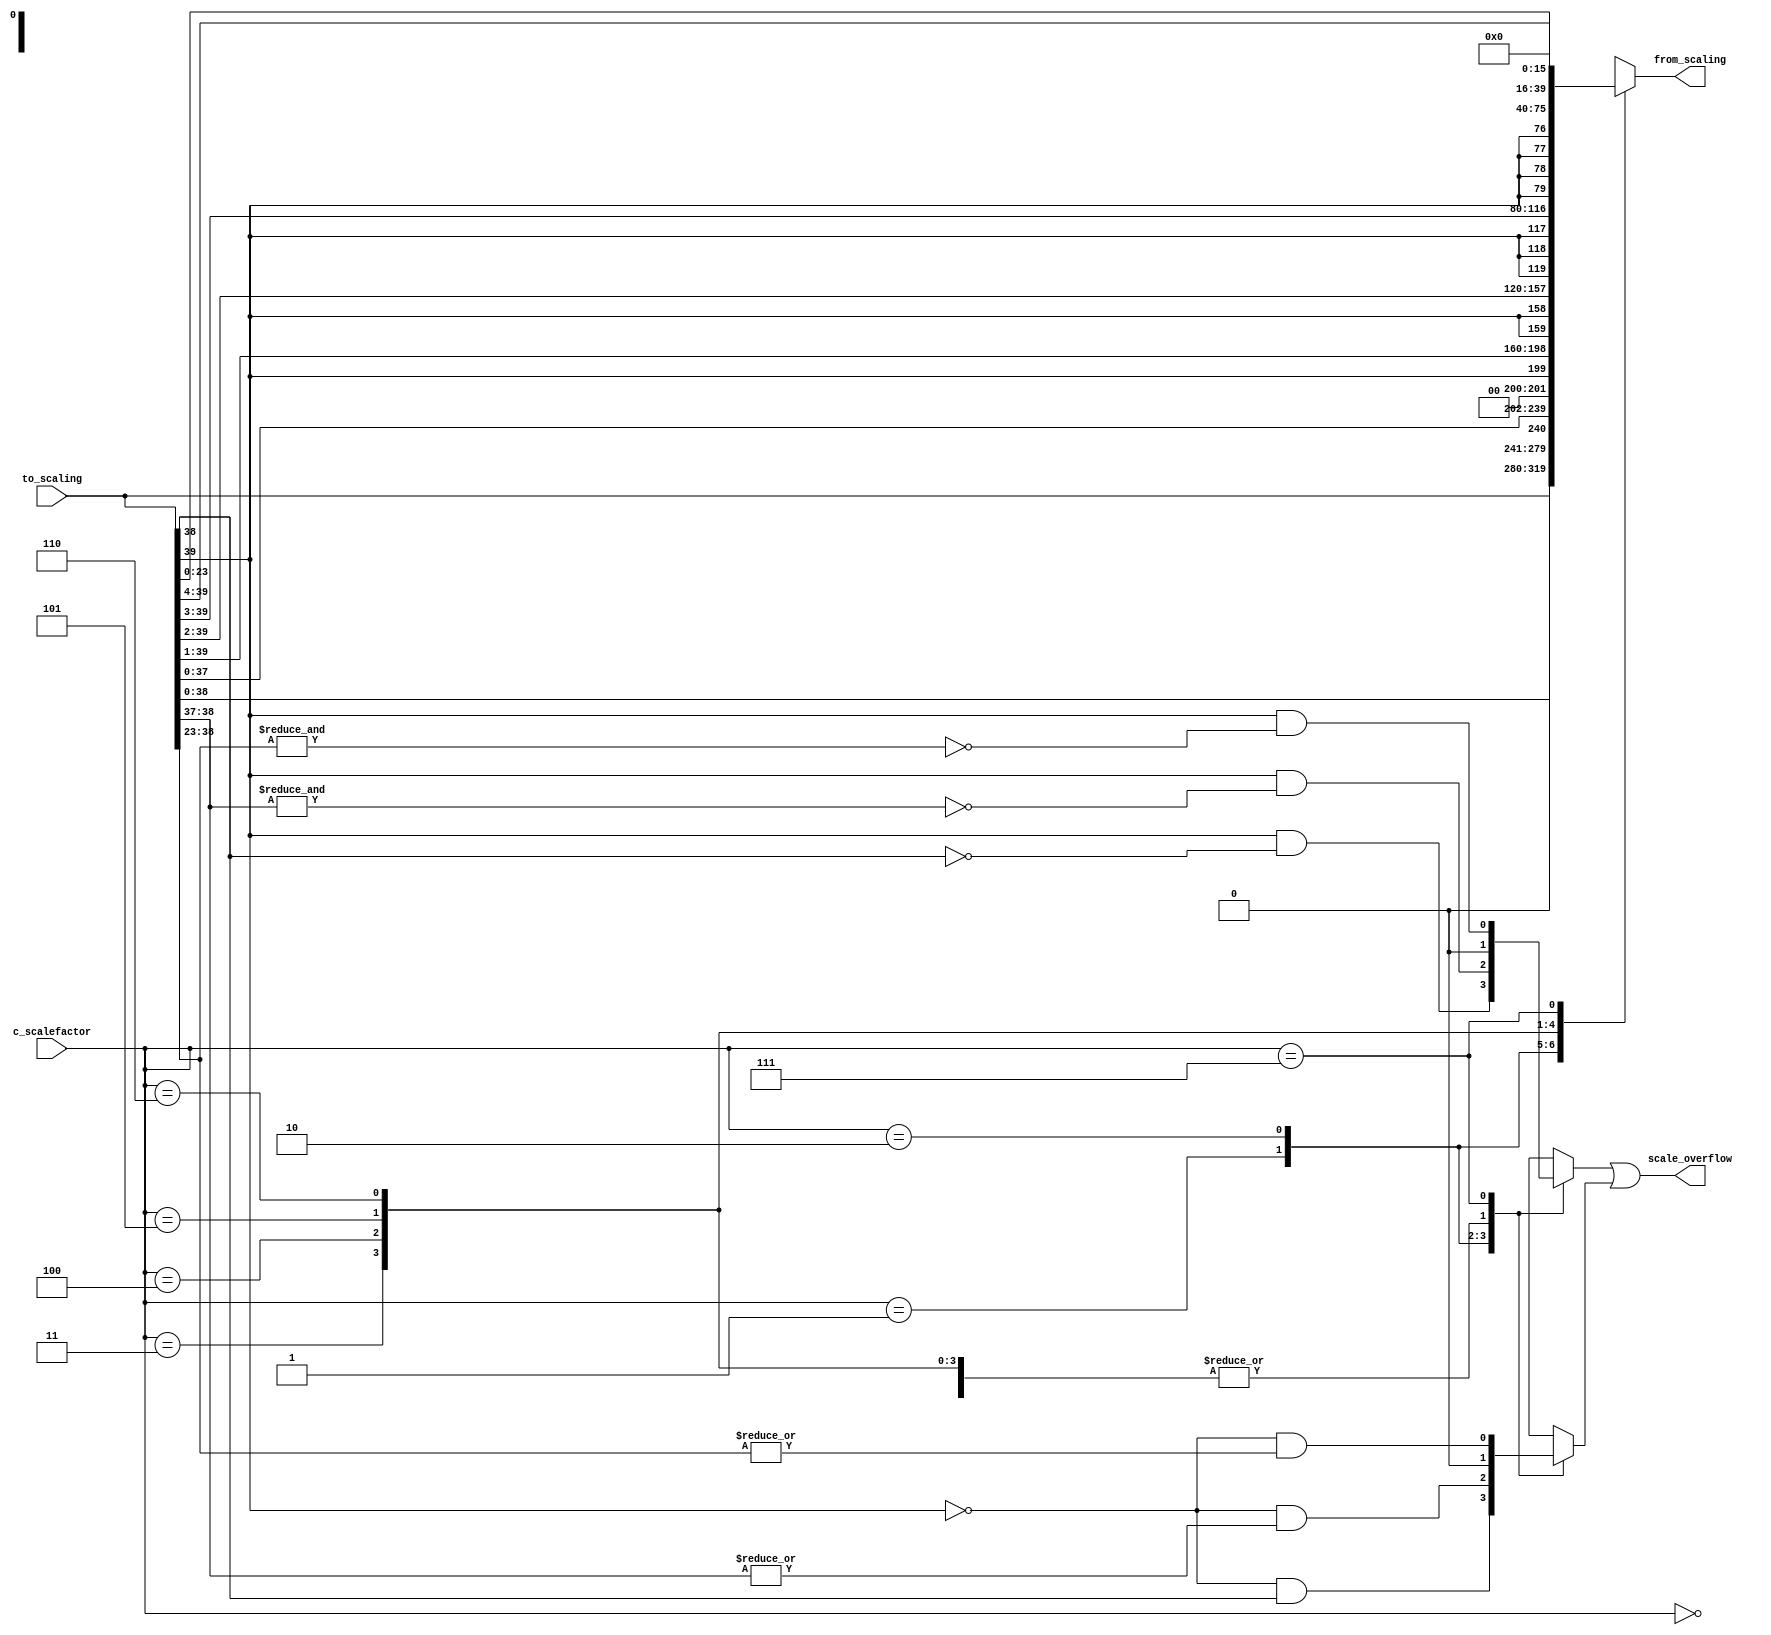
module mac_scale 
   (input wire signed [39:0] to_scaling,
	     input wire [2:0] 		     c_scalefactor,
	     output wire 		     scale_overflow,
	     output reg [39:0] from_scaling);


   reg 					     scale_pos_overflow;
   reg 					     scale_neg_overflow;

   assign scale_overflow = scale_neg_overflow | scale_pos_overflow;
   // Mux for scaling
   always@(*) begin
      scale_pos_overflow = 0;
      scale_neg_overflow = 0;
      case (c_scalefactor)
	3'b000: begin
	   from_scaling=to_scaling;  // *1
	end
	3'b001: begin
	   from_scaling=to_scaling << 1;  // *2
	   scale_pos_overflow = ~to_scaling[39] & to_scaling[38];
	   scale_neg_overflow = to_scaling[39] & ~to_scaling[38];
	end
	3'b010: begin
	   from_scaling=to_scaling << 2;  // *4
	   scale_pos_overflow = ~to_scaling[39] & (|to_scaling[38:37]);
	   scale_neg_overflow = to_scaling[39] & ~(&to_scaling[38:37]);
	end
	3'b011: begin
	   from_scaling={to_scaling[39],to_scaling[39:1]};  // *0.5
	end
	3'b100: begin
	   from_scaling={{2{to_scaling[39]}},to_scaling[39:2]};  // *0.25
	end
	3'b101: begin
	   from_scaling={{3{to_scaling[39]}},to_scaling[39:3]};  // *0.125
	end
	3'b110: begin
	   from_scaling={{4{to_scaling[39]}},to_scaling[39:4]};  // *0.0625
	end
	3'b111: begin
	   from_scaling=to_scaling << 16; // *2^16
	   scale_pos_overflow = ~to_scaling[39] & (|to_scaling[38:23]);
	   scale_neg_overflow = to_scaling[39] & ~(&to_scaling[38:23]);
	end
      endcase
   end
   

endmodule